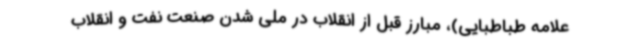
علامه طباطبایی)، مبارز قبل از انقلاب در ملی شدن صنعت نفت و انقلاب